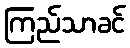
ကြည်သာခင်